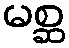
မစ္ဆ